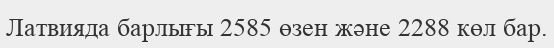
Латвияда барлығы 2585 өзен және 2288 көл бар.